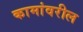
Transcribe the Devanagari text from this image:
कामांवरील